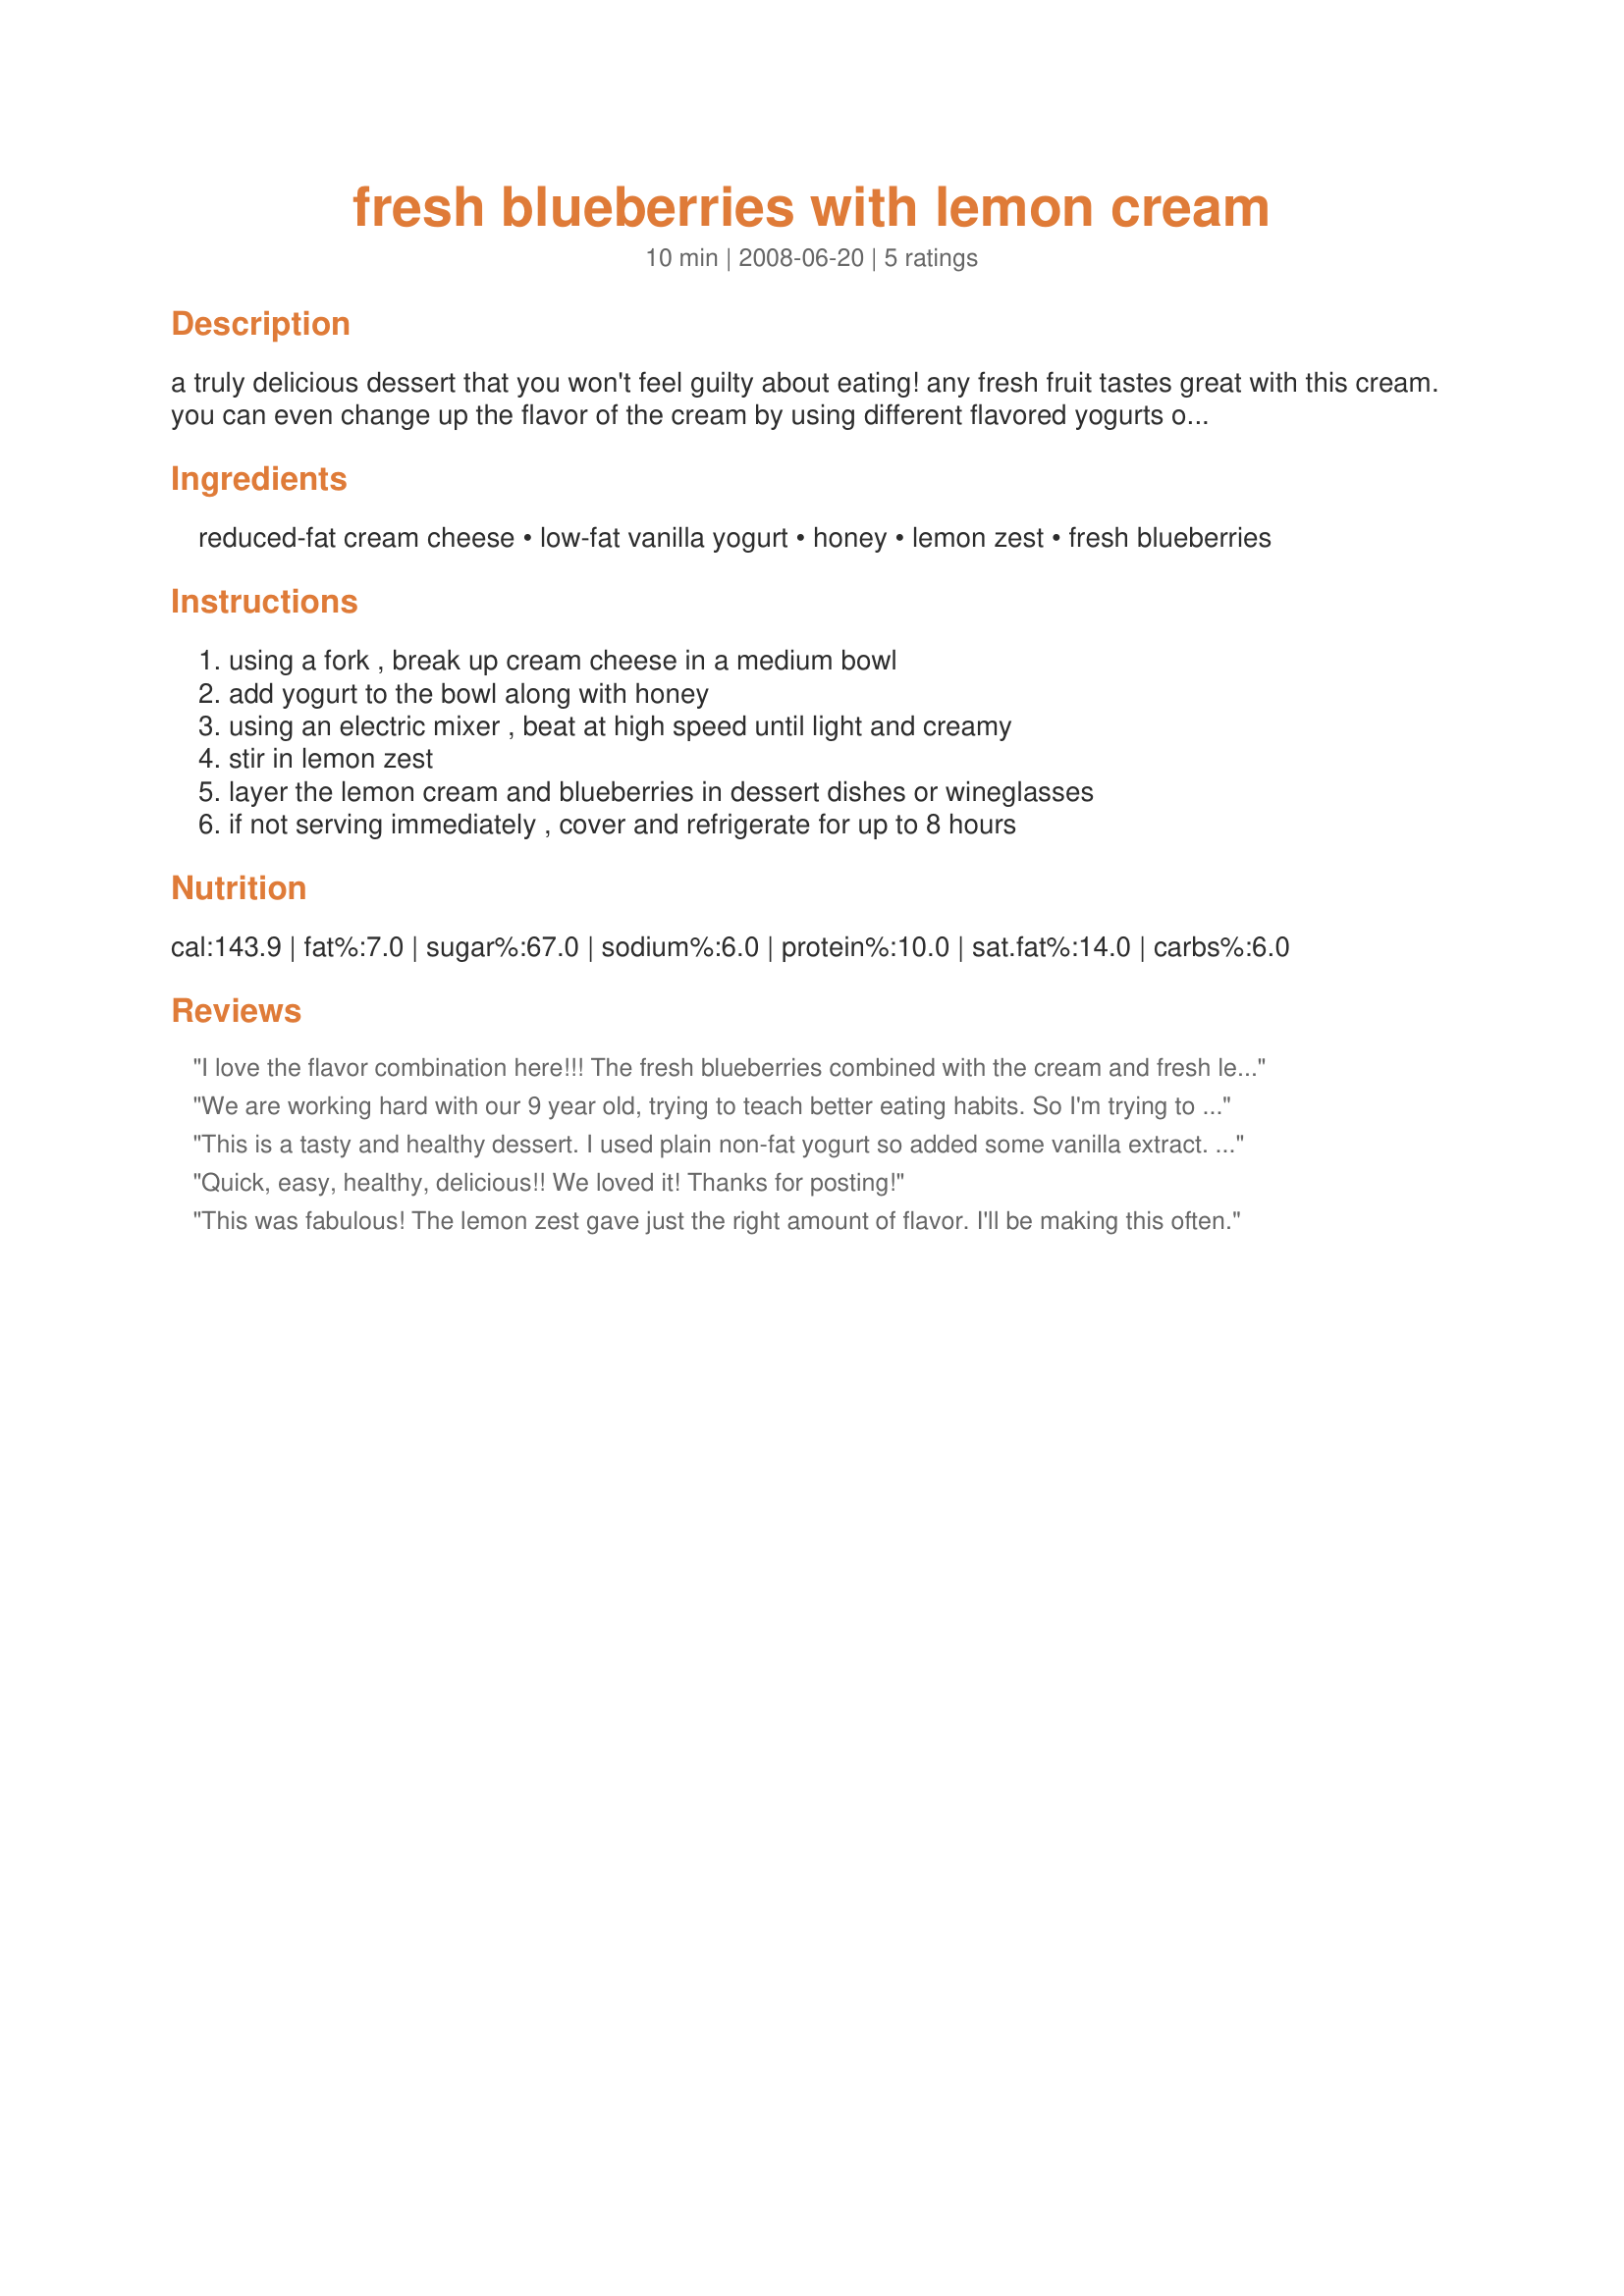
fresh blueberries with lemon cream
Preparation time: 10 minutes

a truly delicious dessert that you won't feel guilty about eating! any fresh fruit tastes great with this cream. you can even change up the flavor of the cream by using different flavored yogurts or zests.

Ingredients:
reduced-fat cream cheese, low-fat vanilla yogurt, honey, lemon zest, fresh blueberries

Steps:
using a fork , break up cream cheese in a medium bowl, add yogurt to the bowl along with honey, using an electric mixer , beat at high speed until light and creamy, stir in lemon zest, layer the lemon cream and blueberries in dessert dishes or wineglasses, if not serving immediately , cover and refrigerate for up to 8 hours

Reviews:
I love the flavor combination here!!! The fresh blueberries combined with the cream and fresh lemon zest are wonderful!!
I used a raw, thick honey. I think it has the best flavor and it thickens the mix even better!!
This is a nice thing to serve guests, I thought it was lovely!!
Thanks for posting, will definitely make again!!!
We are working hard with our 9 year old, trying to teach better eating habits. So I'm trying to find healthier fruit based treats that I think he'll like. This one was great! I used fat free vanilla yogurt which worked well. We loved it with the blueberries but the 9 year old asked if I'd just make him the yogurt sometime for a treat. Thanks for a really good one!
This is a tasty and healthy dessert. I used plain non-fat yogurt so added some vanilla extract. I probably used a bit more lemon zest than called for. I sprinkled each serving with a dash of ground cinnamon. Thanks for posting!
Quick, easy, healthy, delicious!! We loved it! Thanks for posting!
This was fabulous! The lemon zest gave just the right amount of flavor. I'll be making this often.
